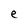
Character: e